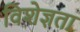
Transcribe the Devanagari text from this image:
विशेज्ञता